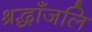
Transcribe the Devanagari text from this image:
श्रद्धाँजलि